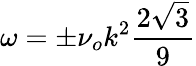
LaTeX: \omega=\pm\nu_{o}k^{2}\frac{2\sqrt{3}}{9}